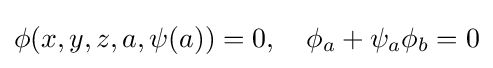
\phi (x,y,z,a,\psi (a))=0,\quad \phi _{a}+\psi _{a}\phi _{b}=0